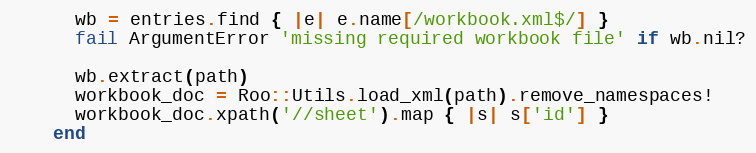
Language: Ruby
      wb = entries.find { |e| e.name[/workbook.xml$/] }
      fail ArgumentError 'missing required workbook file' if wb.nil?

      wb.extract(path)
      workbook_doc = Roo::Utils.load_xml(path).remove_namespaces!
      workbook_doc.xpath('//sheet').map { |s| s['id'] }
    end